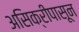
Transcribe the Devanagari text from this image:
असिक्रीपासून